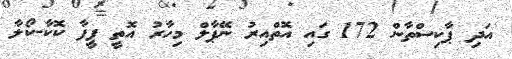
އަދި ޕާކިސްތާން 172 ގައި އޮތްއިރު ނޭޕާލް މިހާރު އޮތީ ފީފާ ކޮކާ-ކޯލާ